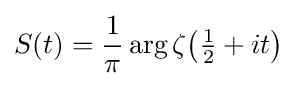
S(t)={\frac {1}{\pi }}\arg {\zeta {\bigl (}{\tfrac {1}{2}}+it{\bigr )}}